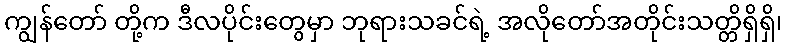
ကျွန်တော် တို့က ဒီလပိုင်းတွေမှာ ဘုရားသခင်ရဲ့ အလိုတော်အတိုင်းသတ္တိရှိရှိ၊